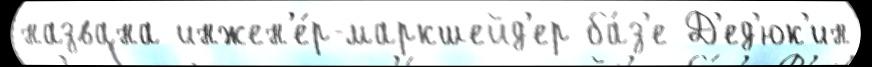
названа инжен'е́р-маркшейд'ер ба́з'е Д'ед'юк'ин